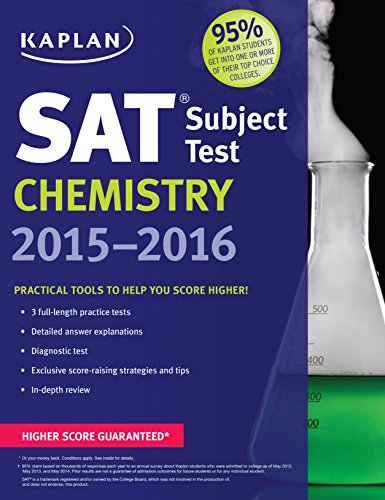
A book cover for Kaplan SAT Subject Test Chemistry 2015-2016 (Kaplan Test Prep); Kaplan; Test Preparation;